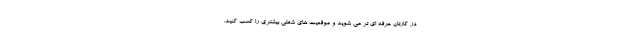
در کارتان حرفه ای تر می شوید و موقعیت های شغلی بیشتری را کسب کنید.